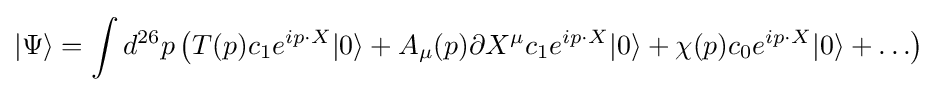
|\Psi \rangle =\int d^{26}p\left(T(p)c_{1}e^{ip\cdot X}|0\rangle +A_{\mu }(p)\partial X^{\mu }c_{1}e^{ip\cdot X}|0\rangle +\chi (p)c_{0}e^{ip\cdot X}|0\rangle +\ldots \right)